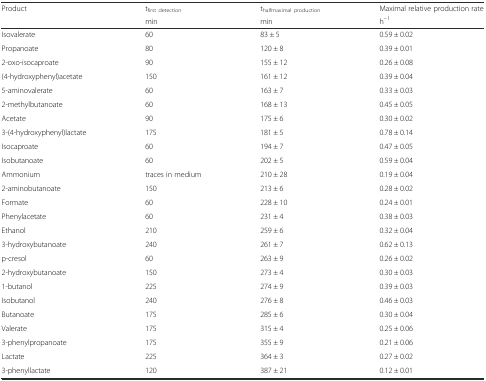
| Product | tfirst detection | thalfmaximal production | Maximal relative production rate |
 |  | min | min | h−1 |
 | --- | --- | --- | --- |
 | Isovalerate | 60 | 83 ± 5 | 0.59 ± 0.02 |
 | Propanoate | 80 | 120 ± 8 | 0.39 ± 0.01 |
 | 2-oxo-isocaproate | 90 | 155 ± 12 | 0.26 ± 0.08 |
 | (4-hydroxyphenyl)acetate | 150 | 161 ± 12 | 0.39 ± 0.04 |
 | 5-aminovalerate | 60 | 163 ± 7 | 0.33 ± 0.03 |
 | 2-methylbutanoate | 60 | 168 ± 13 | 0.45 ± 0.05 |
 | Acetate | 90 | 175 ± 6 | 0.30 ± 0.02 |
 | 3-(4-hydroxyphenyl)lactate | 175 | 181 ± 5 | 0.78 ± 0.14 |
 | Isocaproate | 60 | 194 ± 7 | 0.47 ± 0.05 |
 | Isobutanoate | 60 | 202 ± 5 | 0.59 ± 0.04 |
 | Ammonium | traces in medium | 210 ± 28 | 0.19 ± 0.04 |
 | 2-aminobutanoate | 150 | 213 ± 6 | 0.28 ± 0.02 |
 | Formate | 60 | 228 ± 10 | 0.24 ± 0.01 |
 | Phenylacetate | 60 | 231 ± 4 | 0.38 ± 0.03 |
 | Ethanol | 210 | 259 ± 6 | 0.32 ± 0.04 |
 | 3-hydroxybutanoate | 240 | 261 ± 7 | 0.62 ± 0.13 |
 | p-cresol | 60 | 263 ± 9 | 0.26 ± 0.02 |
 | 2-hydroxybutanoate | 150 | 273 ± 4 | 0.30 ± 0.03 |
 | 1-butanol | 225 | 274 ± 9 | 0.39 ± 0.03 |
 | Isobutanol | 240 | 276 ± 8 | 0.46 ± 0.03 |
 | Butanoate | 175 | 285 ± 6 | 0.30 ± 0.04 |
 | Valerate | 175 | 315 ± 4 | 0.25 ± 0.06 |
 | 3-phenylpropanoate | 175 | 355 ± 9 | 0.21 ± 0.06 |
 | Lactate | 225 | 364 ± 3 | 0.27 ± 0.02 |
 | 3-phenyllactate | 120 | 387 ± 21 | 0.12 ± 0.01 |